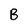
Character: B